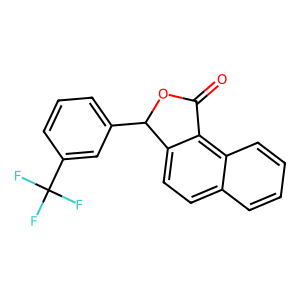
SMILES: O=C1OC(c2cccc(C(F)(F)F)c2)c2ccc3ccccc3c21
Inhibits HIV replication: No